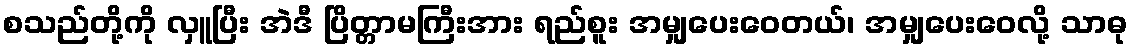
စသည်တို့ကို လှူပြီး အဲဒီ ပြိတ္တာမကြီးအား ရည်စူး အမျှပေးဝေတယ်၊ အမျှပေးဝေလို့ သာဓု